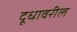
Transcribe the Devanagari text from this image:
दूधावरील